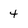
Character: 4